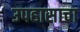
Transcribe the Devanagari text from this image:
उपहासाचा